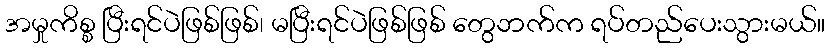
အမှုကိစ္စ ပြီးရင်ပဲဖြစ်ဖြစ်၊ မပြီးရင်ပဲဖြစ်ဖြစ် တွေဘက်က ရပ်တည်ပေးသွားမယ်။